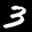
Label: 3